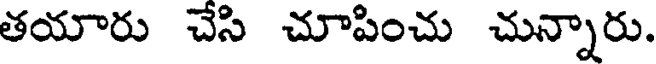
తయారు చేసి చూపించు చున్నారు.